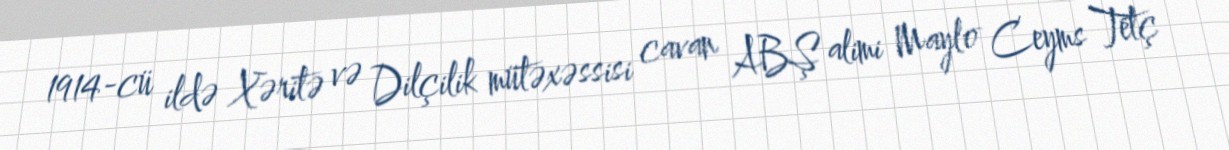
1914-cü ildə Xəritə və Dilçilik mütəxəssisi cavan ABŞ alimi Maylo Ceyms Tetç